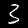
Label: 3